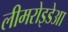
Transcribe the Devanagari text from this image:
लीमरोइडेआ